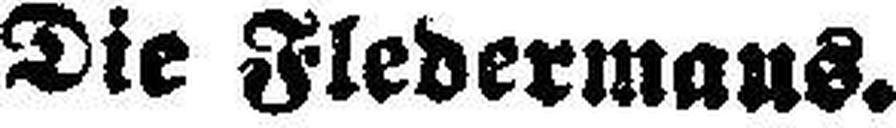
Die Fledermaus.